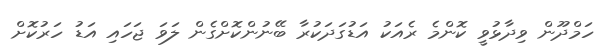
ހަމްދޫން ވިދާޅުވީ ކޮންމެ ރެއަކު އަޑުގަދަކުރާ ބޭނުންކޮށްގެން ލަވަ ޖަހައި އަޑު ހަރުކޮށް